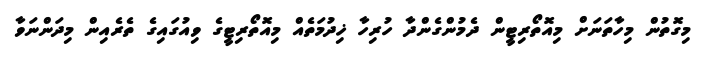
މިގޮތުން މިހާތަނަށް މިއޮތޯރިޓީން ދެމުންގެންދާ ހުރިހާ ޚިދުމަތެއް މިއޮތޯރިޓީގެ ވިއުގައިގެ ތެރެއިން މިދަންނަވާ